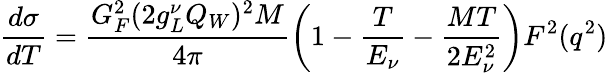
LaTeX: \frac{d\sigma}{dT}=\frac{G_{F}^{2}(2g_{L}^{\nu}Q_{W})^{2}M}{4\pi}\left(1-\frac{T}{E_{\nu}}-\frac{MT}{2E_{\nu}^{2}}\right)F^{2}(q^{2})